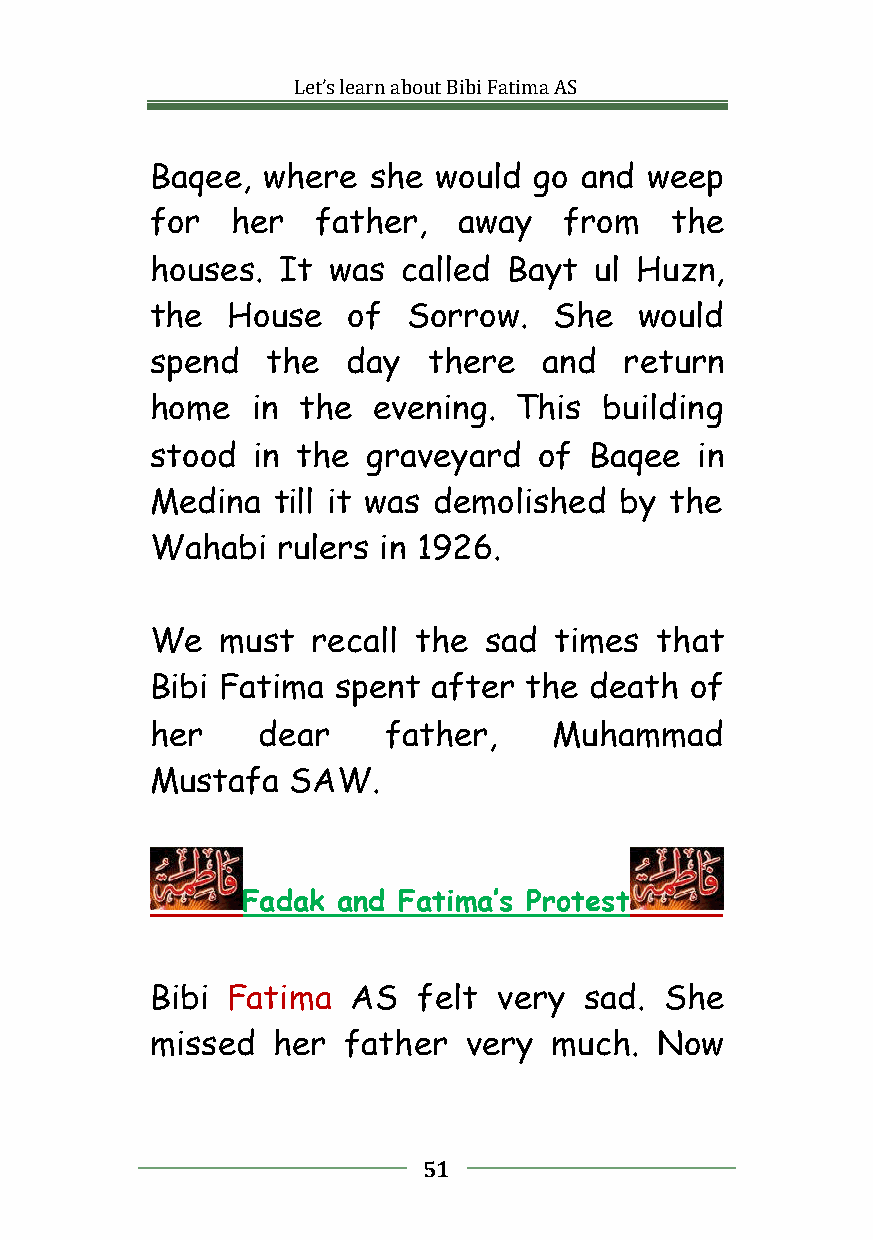
Let’slearnaboutBibiFatimaAS
 Baqee, where  she  would go and  weep
 for  her   father,  away   from   the
 houses. It  was  called Bayt ul Huzn,
 the  House   of  Sorrow.   She  would
 spend   the  day  there   and  return
 home   in the  evening. This  building
 stood  in the graveyard   of Baqee  in
 Medina  till it was demolished by the
 Wahabi  rulers in 1926.
 We   must  recall the sad  times that
 Bibi Fatima spent  after the death  of
 her    dear    father,     Muhammad
 Mustafa  SAW.
 Fadak and Fatima’s Protest
 Bibi Fatima  AS   felt very  sad. She
 missed  her  father  very  much.  Now
 51